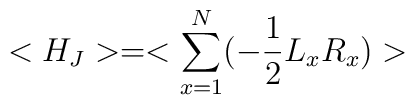
<H_{J}>=<\sum_{x=1}^{N}(-\frac{1}{2}L_{x}R_{x})>